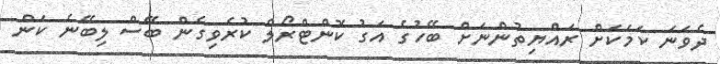
ދެވަނަ ކަމަކަށް ރައްޔިތުންނަށް ބޭހުގެ އަގު ކޮންޓްރޯލް ކުރެވިގެން ބޭސް ލިބޭނެ ކަން